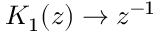
K _ { 1 } ( z ) \to z ^ { - 1 }